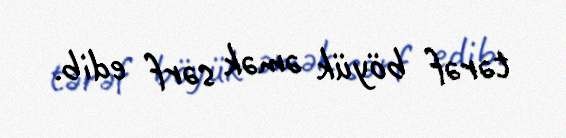
tərəf böyük əmək sərf edib.